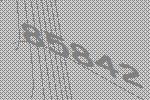
85842